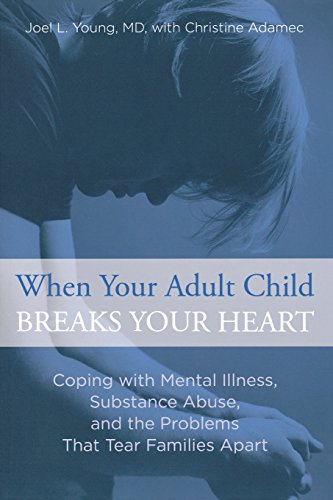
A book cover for When Your Adult Child Breaks Your Heart: Coping With Mental Illness, Substance Abuse, And The Problems That Tear Families Apart; Joel Young; Parenting & Relationships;